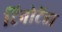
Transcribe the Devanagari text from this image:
टिनोटेंडा